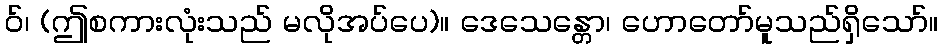
ဝ်၊ (ဤစကားလုံးသည် မလိုအပ်ပေ)။ ဒေသေန္တော၊ ဟောတော်မူသည်ရှိသော်။